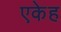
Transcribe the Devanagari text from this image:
एकेह